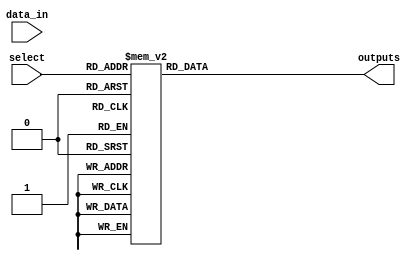
module demux_1to8 (
    input wire data_in,
    input wire [2:0] select,
    output reg [7:0] outputs
);

always @(select or data_in)
begin
    case (select)
        3'b000 : outputs <= 8'b0000_0001; // Output 1
        3'b001 : outputs <= 8'b0000_0010; // Output 2
        3'b010 : outputs <= 8'b0000_0100; // Output 3
        3'b011 : outputs <= 8'b0000_1000; // Output 4
        3'b100 : outputs <= 8'b0001_0000; // Output 5
        3'b101 : outputs <= 8'b0010_0000; // Output 6
        3'b110 : outputs <= 8'b0100_0000; // Output 7
        3'b111 : outputs <= 8'b1000_0000; // Output 8
        default: outputs <= 8'b0000_0000; // Output 0
    endcase
end

endmodule